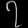
Digit: ၇